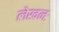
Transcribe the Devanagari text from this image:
लेखनः